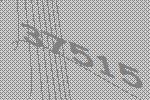
37515